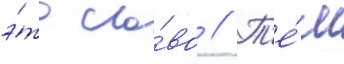
э́то сло́во // Т'е́м